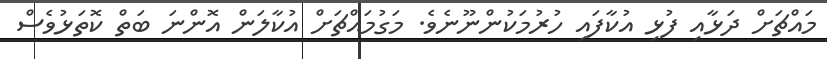
މައްޗަށް ދަޅާއި ފުޅި އުކާފައި ހުރުމަކުންނޫނެވެ. މަގުމައްޗަށް އުކާލަން އޮންނަ ބަތް ކޮތަޅުވެސް